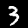
Label: 3